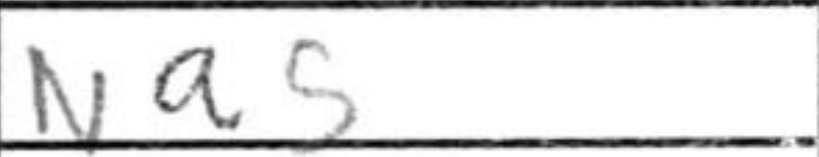
Transcription: Na5